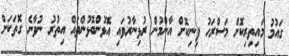
ގައުމު މައިތިރިކޮށް މަސްރަހު ފިނިކޮށް އާންމުން ރުޅިނާރުވައި އޮޅުންބޮޅުންތައް އިތުރު ނުވާނެ ގޮތަކަށް